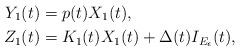
LaTeX: \begin{align*}Y_{1}(t) & =p(t)X_{1}(t),\\Z_{1}(t) & =K_{1}(t)X_{1}(t)+\Delta(t)I_{E_{\epsilon}}(t),\end{align*}